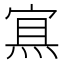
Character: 𰞶